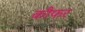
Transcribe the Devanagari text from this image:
कौफर